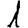
Digit: 1